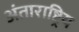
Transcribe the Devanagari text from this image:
अंताराष्ट्रिय